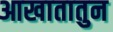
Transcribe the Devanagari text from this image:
आखातातुन